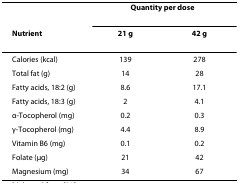
<table><thead><tr><td></td><td colspan="2"><b>Quantity per dose</b></td></tr><tr><td><b>Nutrient</b></td><td><b>21 g</b></td><td><b>42 g</b></td></tr></thead><tbody><tr><td>Calories (kcal)</td><td>139</td><td>278</td></tr><tr><td>Total fat (g)</td><td>14</td><td>28</td></tr><tr><td>Fatty acids, 18:2 (g)</td><td>8.6</td><td>17.1</td></tr><tr><td>Fatty acids, 18:3 (g)</td><td>2</td><td>4.1</td></tr><tr><td>α-Tocopherol (mg)</td><td>0.2</td><td>0.3</td></tr><tr><td>γ-Tocopherol (mg)</td><td>4.4</td><td>8.9</td></tr><tr><td>Vitamin B6 (mg)</td><td>0.1</td><td>0.2</td></tr><tr><td>Folate (μg)</td><td>21</td><td>42</td></tr><tr><td>Magnesium (mg)</td><td>34</td><td>67</td></tr></tbody></table>